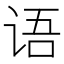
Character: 语